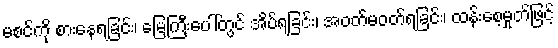
မစင်ကို စားနေရခြင်း၊ မြေကြီးပေါ်တွင် အိပ်ရခြင်း၊ အဝတ်မဝတ်ရခြင်း၊ ထန်းစေ့မှုတ်ဖြင့်